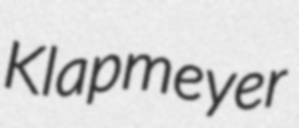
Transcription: Klapmeyer